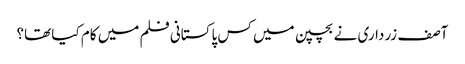
آصف زرداری نے بچپن میں کس پاکستانی فلم میں کام کیا تھا؟